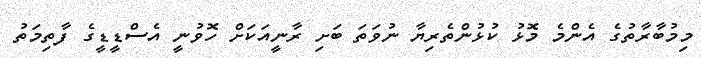
މިމުބާރާތުގެ އެންމެ މޮޅު ކުޅުންތެރިޔާ ނުވަތަ ބަށި ރާނީއަކަށް ހޮވުނީ އެސްޑީޑީގެ ފާތިމަތު